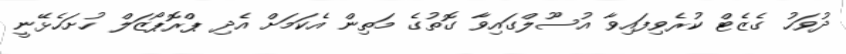
ދުވަހު ގެޒެޓް ކުރެވިފައިވާ އުސޫލްގައިވާ ގޮތުގެ މަތިން އެކަމަށް އެދި ޕްރޮޕޯޒަލް ހުށަހެޅޭނީ